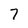
Character: 7